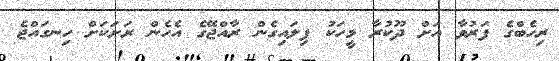
ރިހެބްގެ ފަރުވާ އަށް ދޫކުރާ މީހަކު ފިލައިގެން ރާއްޖޭގެ އެހެން ރަށަކަށް ހިނގައްޖެ